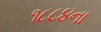
૧૮૮૪ના